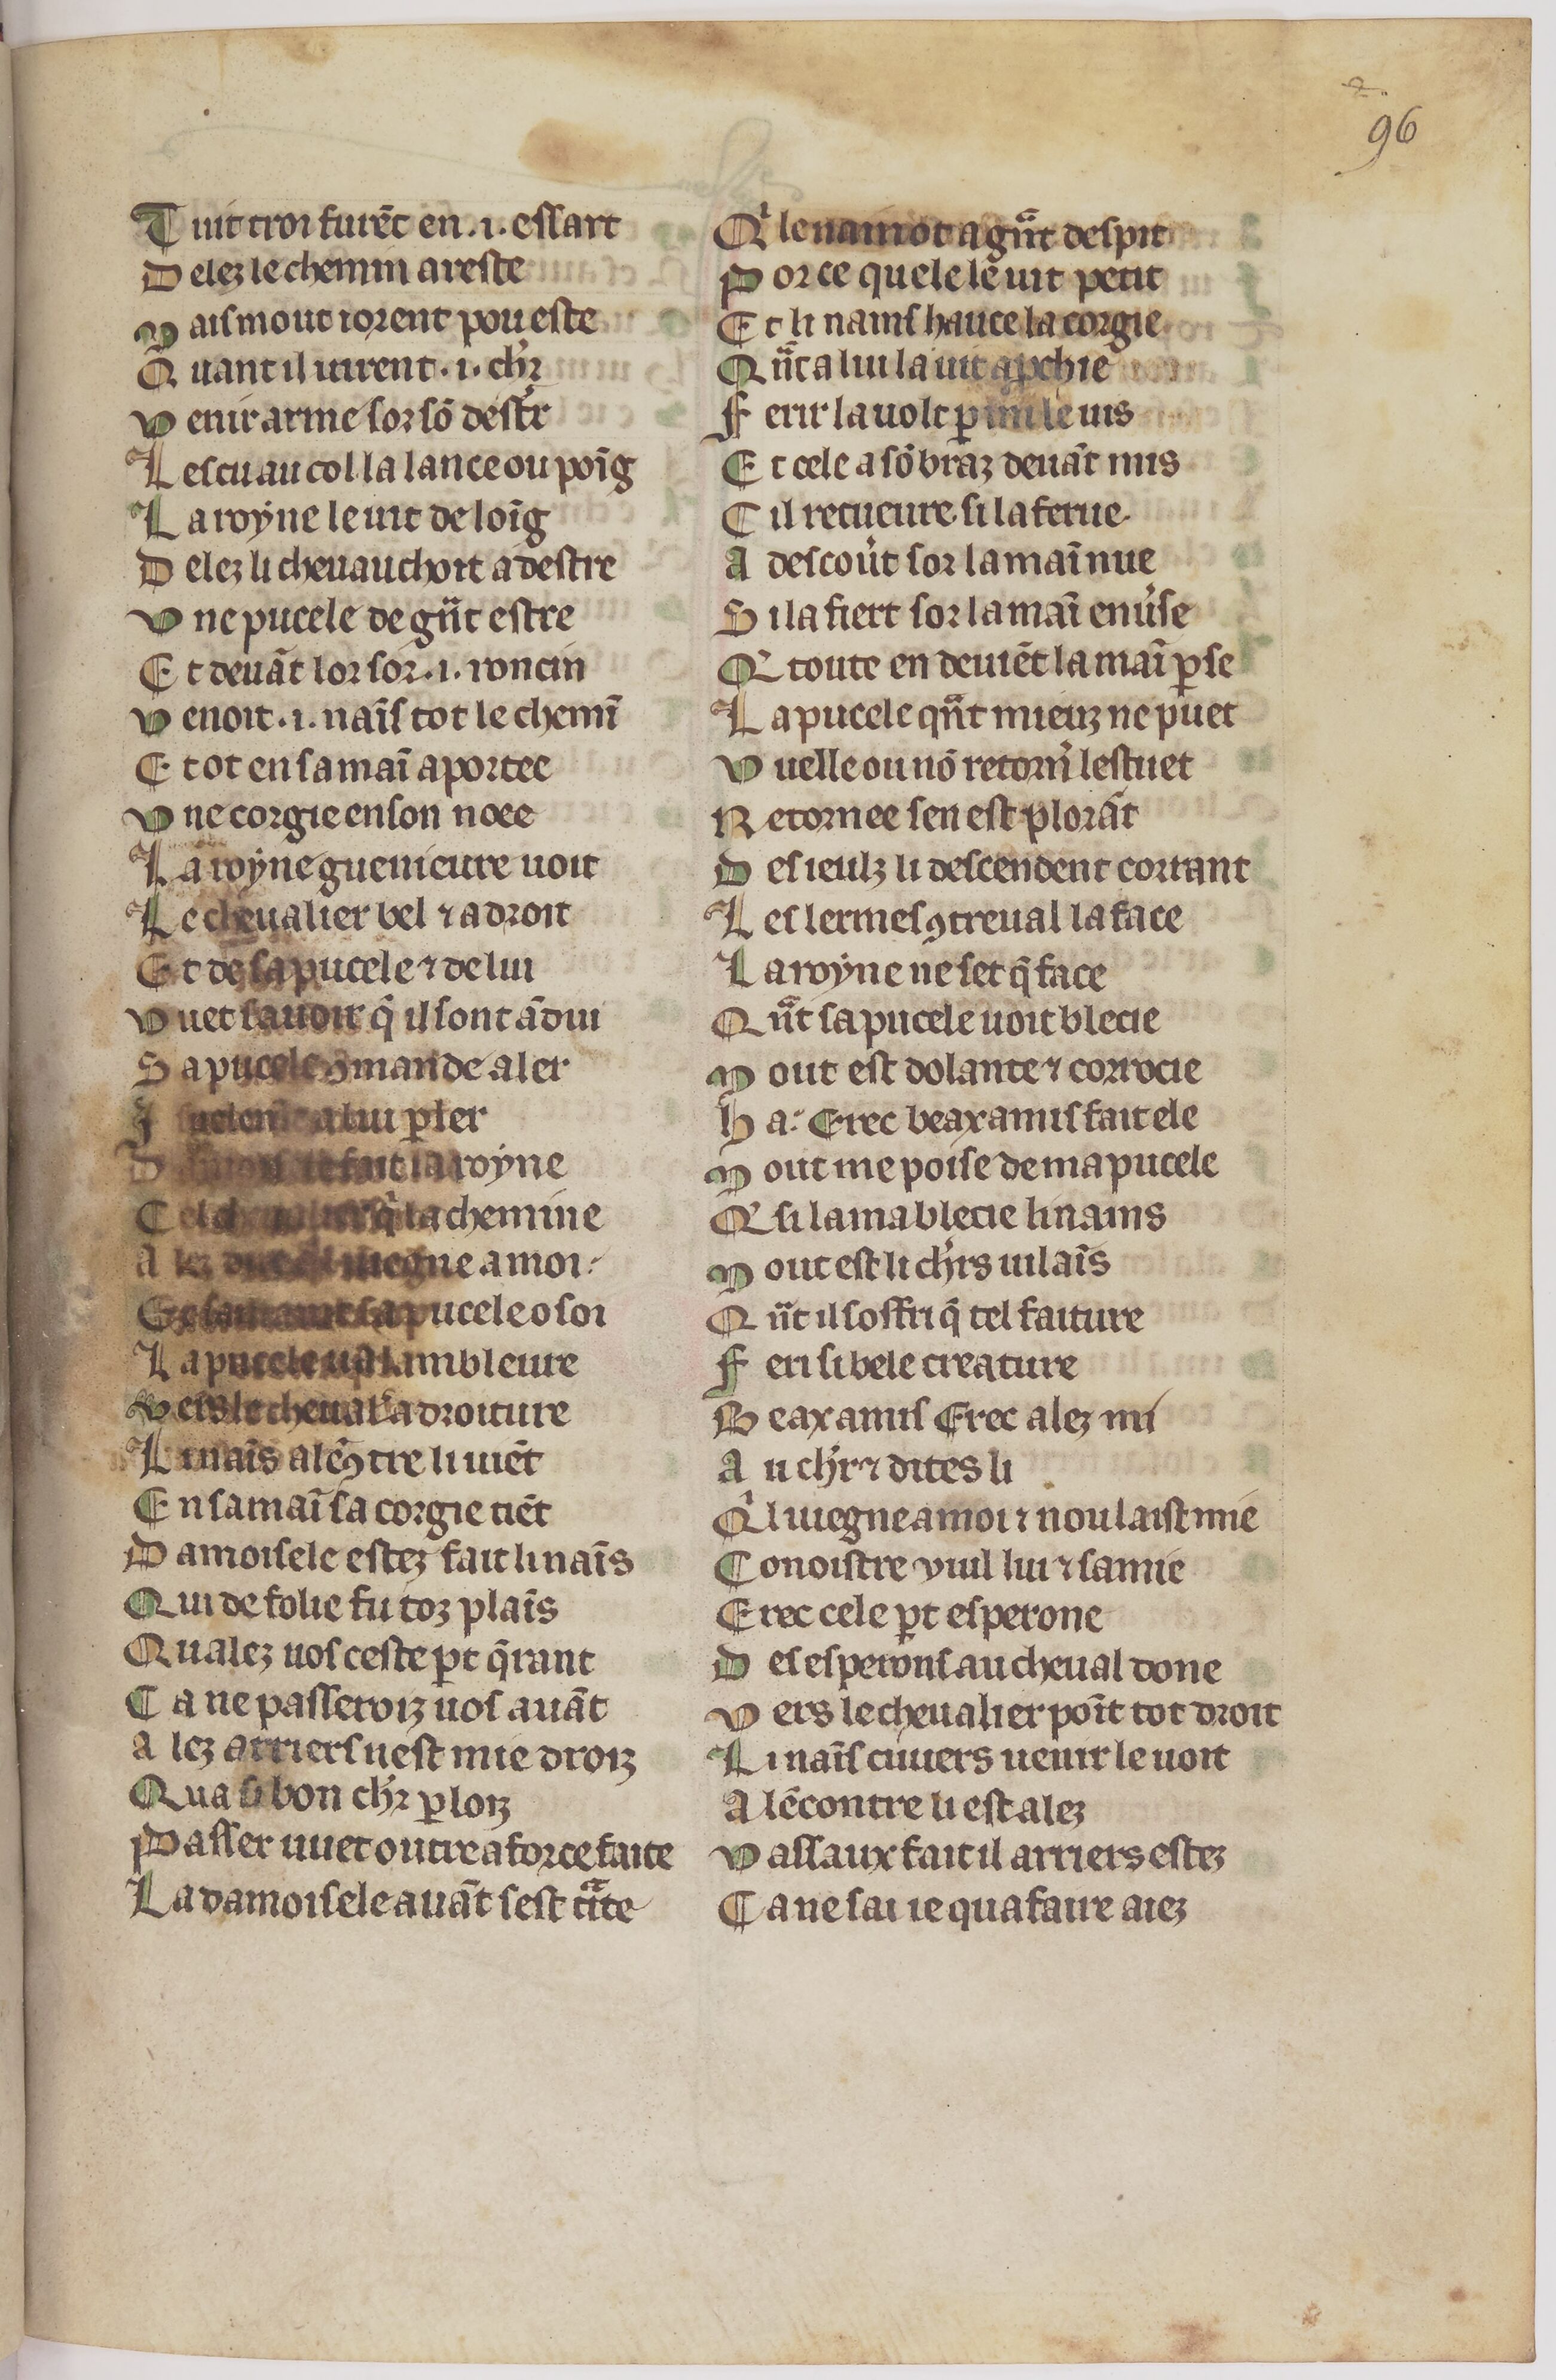
Shelfmark: Paris, BnF, fr. 1376
Century: 14